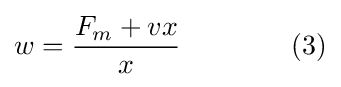
w={\frac {F_{m}+vx}{x}}\qquad \qquad (3)